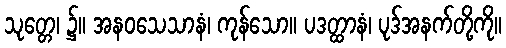
သုတ္တေ၊ ၌။ အနဝသေသာနံ၊ ကုန်သော။ ပဒတ္ထာနံ၊ ပုဒ်အနက်တို့ကို။